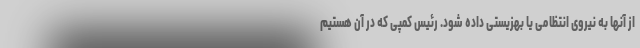
از آنها به نیروی انتظامی یا بهزیستی داده شود. رئیس کمپی که در آن هستیم